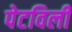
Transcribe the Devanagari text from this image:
पेटविली